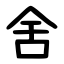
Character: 舍